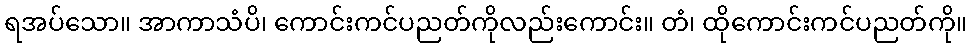
ရအပ်သော။ အာကာသံပိ၊ ကောင်းကင်ပညတ်ကိုလည်းကောင်း။ တံ၊ ထိုကောင်းကင်ပညတ်ကို။